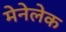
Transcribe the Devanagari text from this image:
मेनेलेक